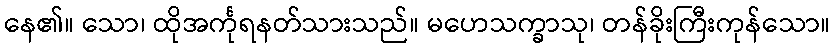
နေ၏။ သော၊ ထိုအင်္ကုရနတ်သားသည်။ မဟေသက္ခာသု၊ တန်ခိုးကြီးကုန်သော။